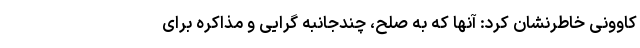
کاوونی خاطرنشان کرد: آنها که به صلح، چندجانبه گرایی و مذاکره برای